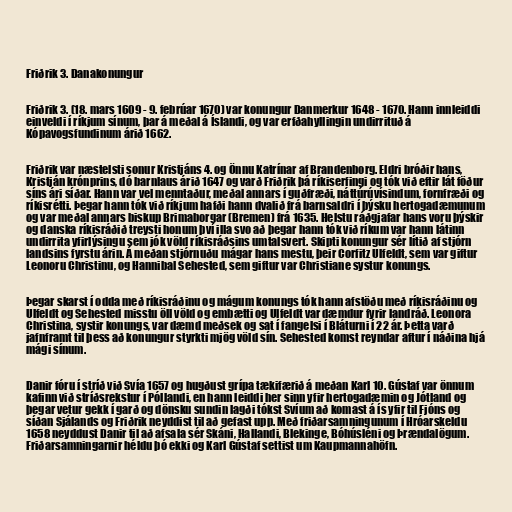
Friðrik 3. Danakonungur

Friðrik 3. (18. mars 1609 - 9. febrúar 1670) var konungur Danmerkur 1648 - 1670. Hann innleiddi
einveldi í ríkjum sínum, þar á meðal á Íslandi, og var erfðahyllingin undirrituð á
Kópavogsfundinum árið 1662.

Friðrik var næstelsti sonur Kristjáns 4. og Önnu Katrínar af Brandenborg. Eldri bróðir hans,
Kristján krónprins, dó barnlaus árið 1647 og varð Friðrik þá ríkiserfingi og tók við eftir lát föður
síns ári síðar. Hann var vel menntaður, meðal annars í guðfræði, náttúrúvísindum, fornfræði og
ríkisrétti. Þegar hann tók við ríkjum hafði hann dvalið frá barnsaldri í þýsku hertogadæmunum
og var meðal annars biskup Brimaborgar (Bremen) frá 1635. Helstu ráðgjafar hans voru þýskir
og danska ríkisráðið treysti honum því illa svo að þegar hann tók við ríkum var hann látinn
undirrita yfirlýsingu sem jók völd ríkisráðsins umtalsvert. Skipti konungur sér lítið af stjórn
landsins fyrstu árin. Á meðan stjórnuðu mágar hans mestu, þeir Corfitz Ulfeldt, sem var giftur
Leonoru Christinu, og Hannibal Sehested, sem giftur var Christiane systur konungs.

Þegar skarst í odda með ríkisráðinu og mágum konungs tók hann afstöðu með ríkisráðinu og
Ulfeldt og Sehested misstu öll völd og embætti og Ulfeldt var dæmdur fyrir landráð. Leonora
Christina, systir konungs, var dæmd meðsek og sat í fangelsi í Bláturni í 22 ár. Þetta varð
jafnframt til þess að konungur styrkti mjög völd sín. Sehested komst reyndar aftur í náðina hjá
mági sínum.

Danir fóru í stríð við Svía 1657 og hugðust grípa tækifærið á meðan Karl 10. Gústaf var önnum
kafinn við stríðsrekstur í Póllandi, en hann leiddi her sinn yfir hertogadæmin og Jótland og
þegar vetur gekk í garð og dönsku sundin lagði tókst Svíum að komast á ís yfir til Fjóns og
síðan Sjálands og Friðrik neyddist til að gefast upp. Með friðarsamningunum í Hróarskeldu
1658 neyddust Danir til að afsala sér Skáni, Hallandi, Blekinge, Bóhúsléni og Þrændalögum.
Friðarsamningarnir héldu þó ekki og Karl Gústaf settist um Kaupmannahöfn.